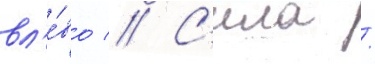
вл'е́во // С'ила /